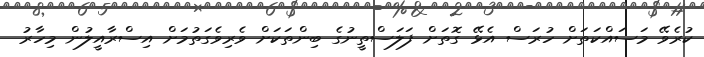
ކުރެވޭ މަސައްކަތަށް ހުރަސް އެޅޭ ގޮތަށް ފަލަސްތީނުގެ ބިންތަކަށް ވެރިވެގަތުމަށް އިސްރާއީލުން މިހާރު